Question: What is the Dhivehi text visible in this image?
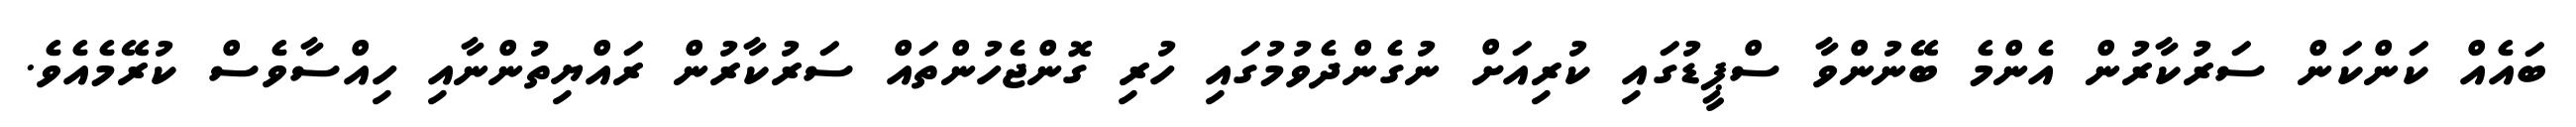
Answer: ބައެއް ކަންކަން ސަރުކާރުން އެންމެ ބޭނުންވާ ސްޕީޑުގައި ކުރިއަށް ނުގެންދެވުމުގައި ހުރި ގޮންޖެހުންތައް ސަރުކާރުން ރައްޔިތުންނާއި ހިއްސާވެސް ކުރޭމެއެވެ.